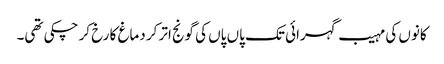
کانوں کی مہیب گہرائی تک پاں پاں کی گونج اتر کر دماغ کا رخ کر چکی تھی۔